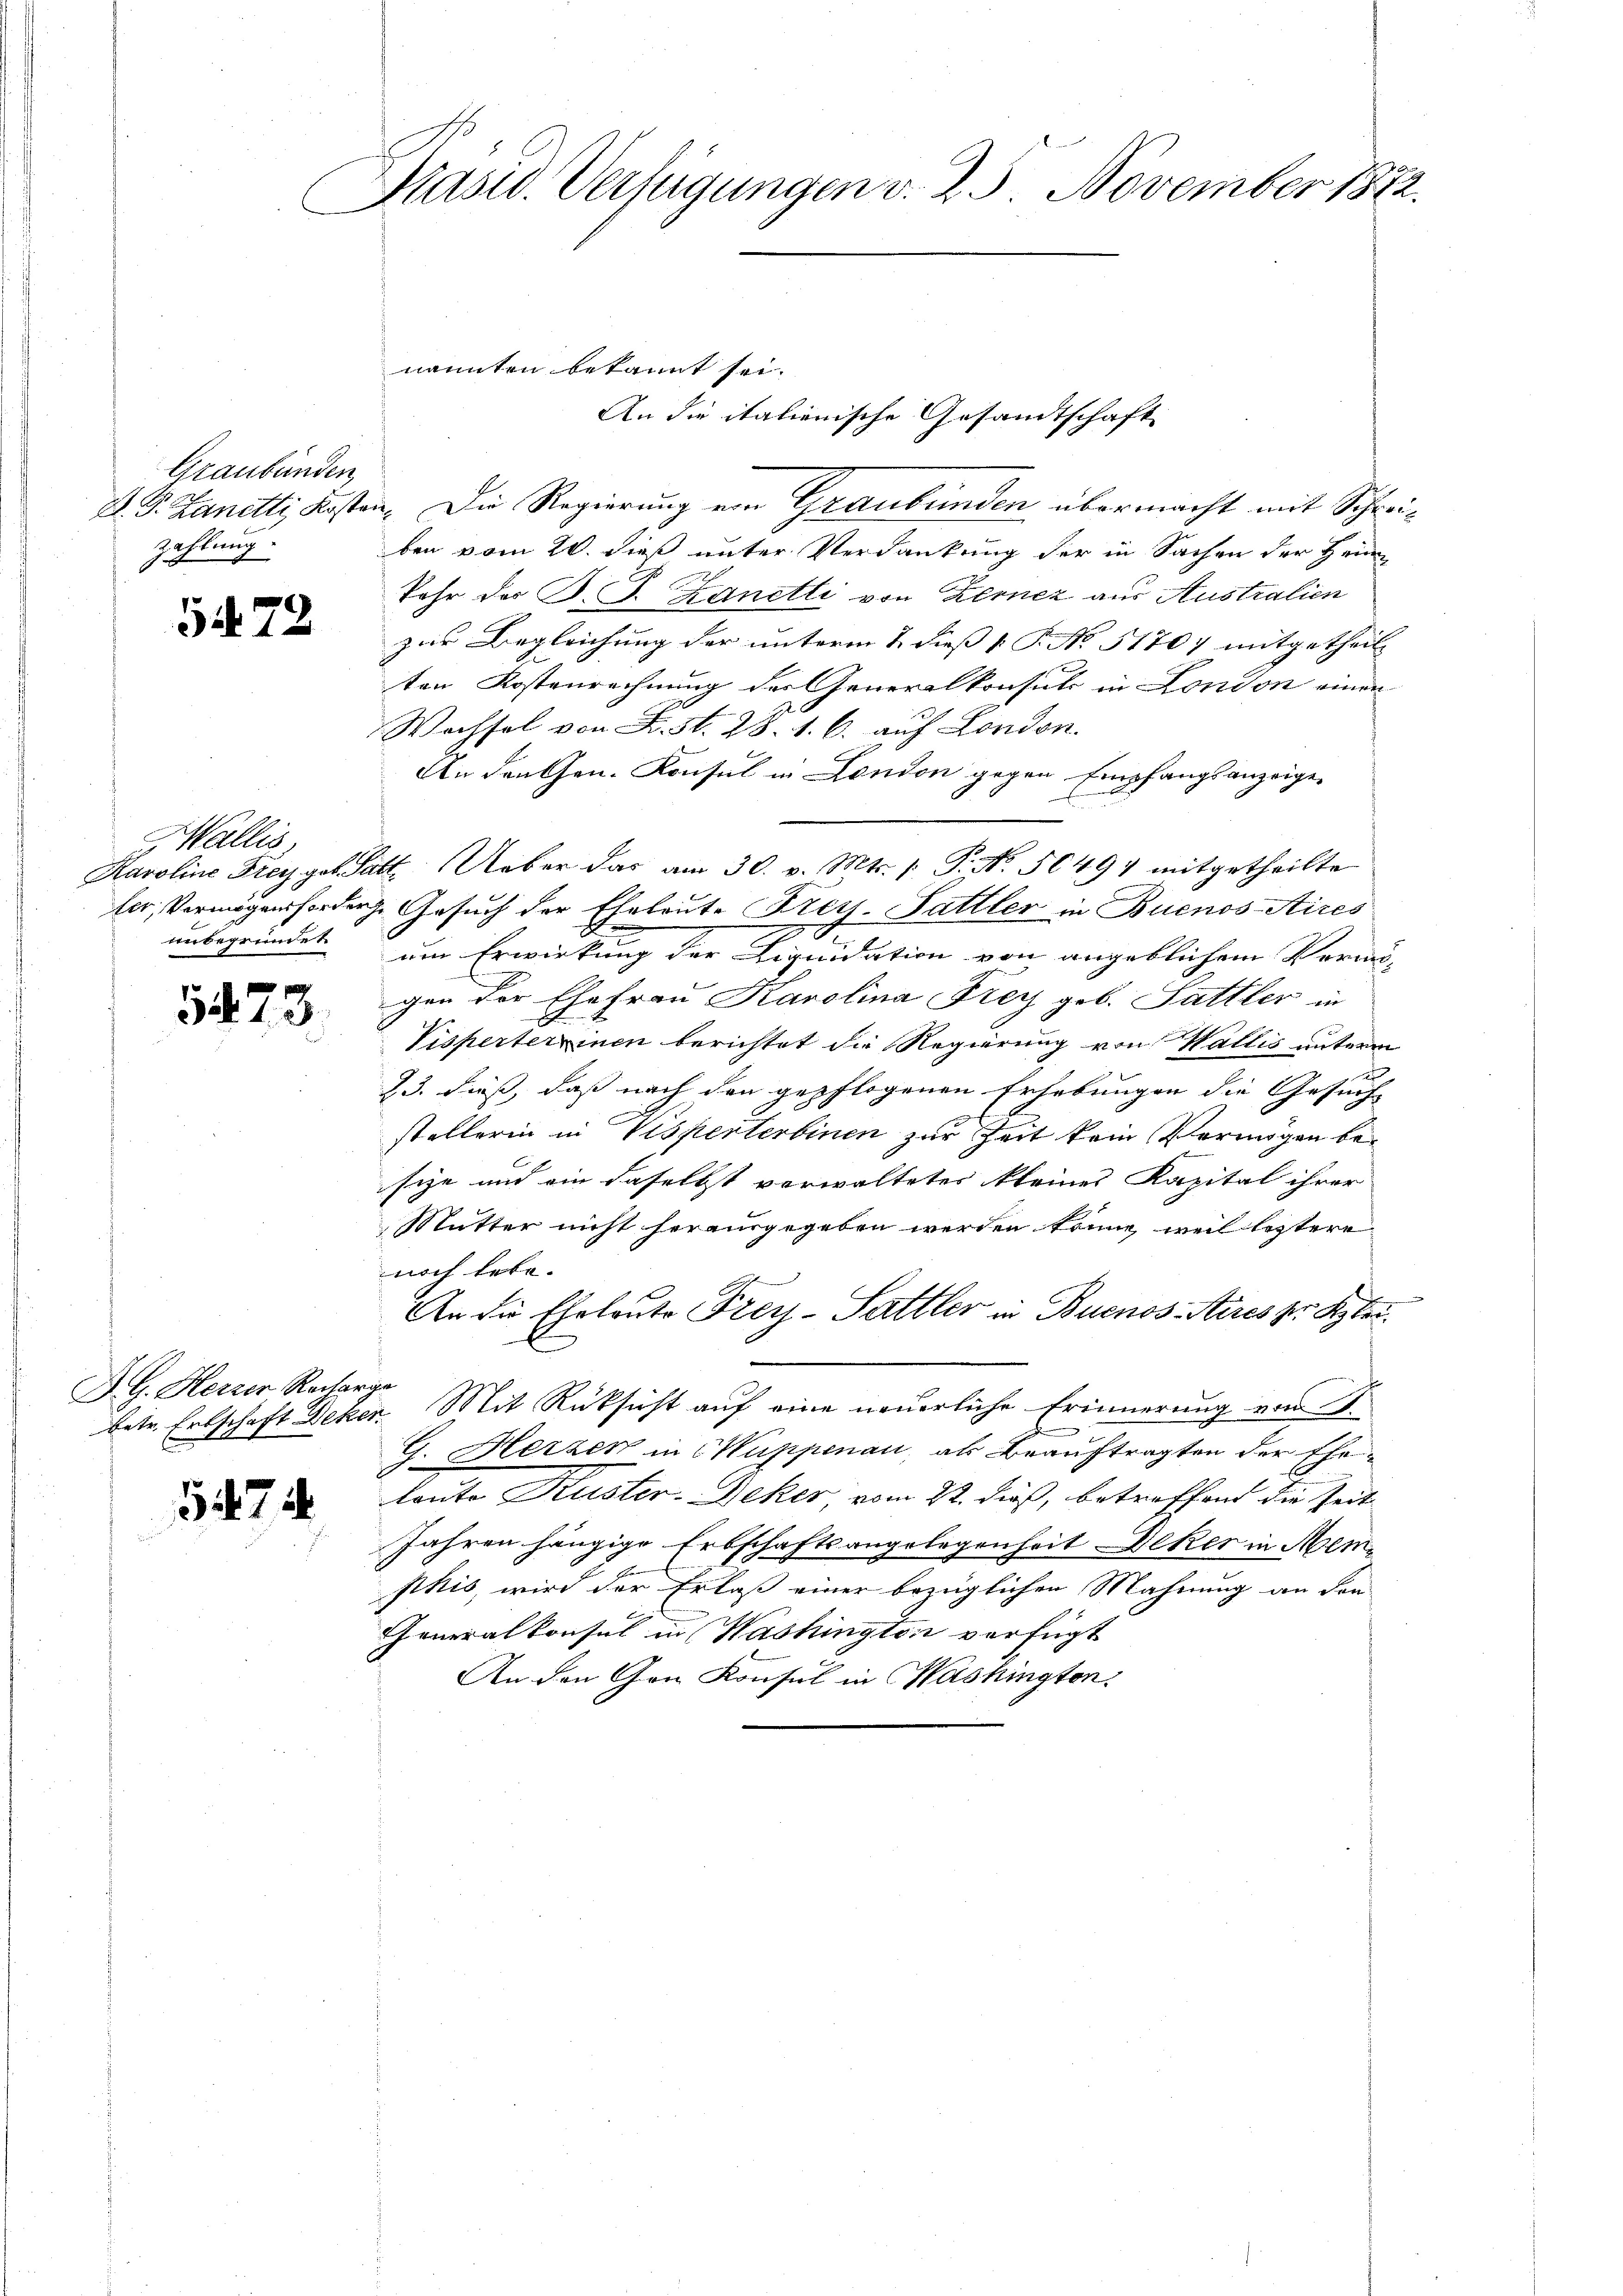
Graubünden,
Zahlung
s |

Wallis.
unbegründet.

5473

nannten bekannt sei.
D. J. Zanetti, Kosten. Die Regierung ein Graubünden übermacht mit Schreiben vom 20. dieß unter Verdankung der in Sachen der Heim
kehr der B. J. Zanetti von Kernez aus Australien
 zur Begleichung der unterm 1. dieß v. J. No 11707 mitgetheilten Kostenrechnung der Generalkonsuls in London einen
Wachsel von F. St. 28. 1. 6. auf London.
An den Chen. Konsul in London gegen Empfangsanzeige-
Karoline Frey geb. Satt. Ueber das am 30. v. Mts. 1. P. No. 50494 mitgetheilte
ler, Vermögensforden Gesuch der Eheleute Frey. Sattler in Buenos-Aires
um Erwirkung der Liquidation von angeblichem Vermögen der Ehefrau Karolina Frey geb. Sattler in
Visperterzinen berichtet die Regierung von Wallis unterm
23. dieß, daß nach den gepflogenen Erhebungen die Gesuch- |
stellerin in Visperterbinen zur Zeit kein Vermögen besie aus ein daselbst vorwaltetes kleines Kapital ihrer
Mutter nicht herausgegeben werden könne, weil letztere
noch lebe.
An die Eheleute Frey-Sattler in Buenos Aires zur Kleie
betr. Erbschaft Deken Mit Rücksicht auf eine neuerliche Erinnerung vom 2.
G. Herzen in Kuppenau, als Beauftragten der Ehelouto Kuster-Reker, vom 22. dieß, betreffend die Zeit
Jahren hängige Erbschaftsangelegenheit Deker in Mempkis, wird der Erlaß einer bezüglichen Mahnung an den
Generalkonsul in Washingten verfügt
An den Gon Konsul in Washingten.

A.G. Herzer Recharge

3474

Präsid. Verfügungen v. 25. November 1872.

An die italienische Gesandtschaft